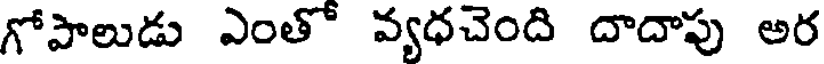
గోపాలుడు ఎంతో వ్యధచెంది దాదాపు అర